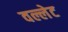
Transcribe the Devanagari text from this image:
वल्लेट